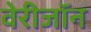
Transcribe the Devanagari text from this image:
वेरीजॉन